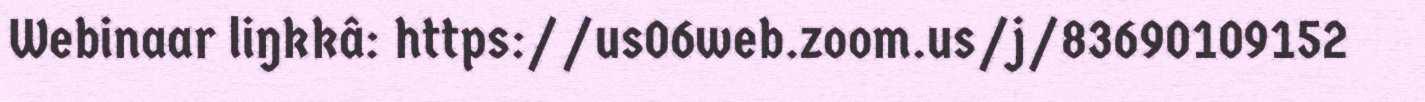
Webinaar liŋkkâ: https://us06web.zoom.us/j/83690109152